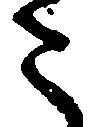
こ